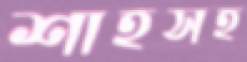
শাহসহ